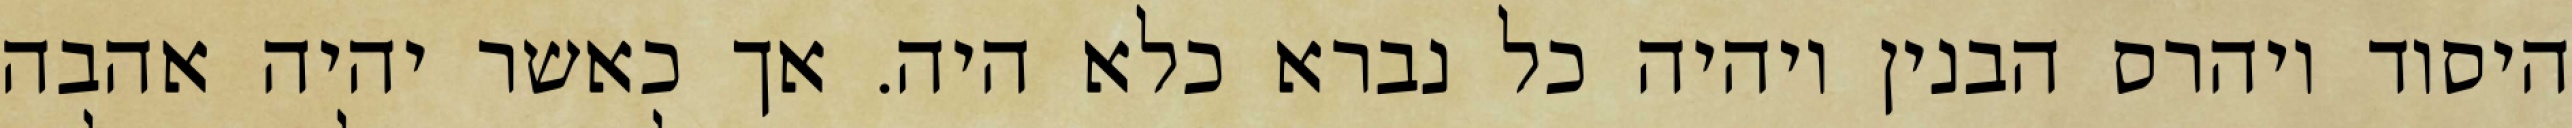
היסוד ויהרס הבנין ויהיה כל נברא כלא היה. אך כאשר יהיה אהבה